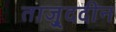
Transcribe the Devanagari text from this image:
ताजु्ददीन